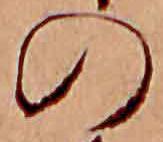
の